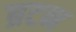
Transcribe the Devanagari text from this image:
ब्रटन